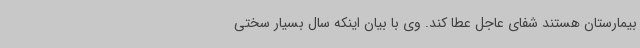
بیمارستان هستند شفای عاجل عطا کند. وی با بیان اینکه سال بسیار سختی